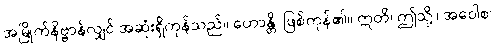
အမြိုက်နိဗ္ဗာန်လျှင် အဆုံးရှိကုန်သည်။ ဟောန္တိ၊ ဖြစ်ကုန်၏။ ဣတိ၊ ဤသို့။ အဝေါစ၊